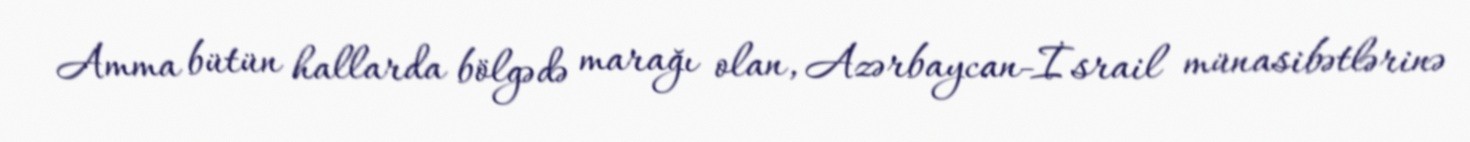
Amma bütün hallarda bölgədə marağı olan, Azərbaycan-İsrail münasibətlərinə